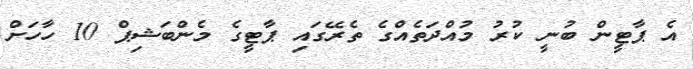
އެ ޕާޓީން ބުނީ ކުރު މުއްދަތެއްގެ ތެރޭގައި ޕާޓީގެ މެންބަޝިޕް 10 ހާހަށް